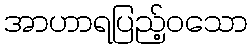
အာဟာရပြည့်ဝသော